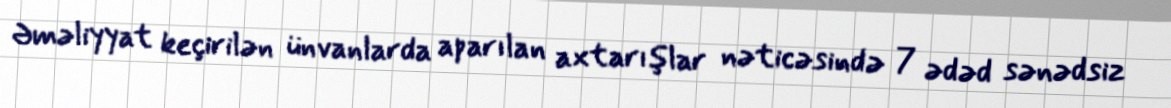
Əməliyyat keçirilən ünvanlarda aparılan axtarışlar nəticəsində 7 ədəd sənədsiz